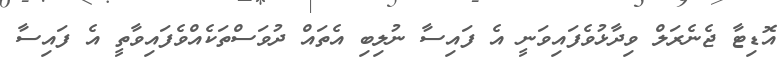
އޮޑިޓާ ޖެނެރަލް ވިދާޅުވެފައިވަނީ އެ ފައިސާ ނުލިބި އެތައް ދުވަސްތަކެއްވެފައިވާތީ އެ ފައިސާ